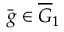
\bar { g } \in \overline { { G } } _ { 1 }